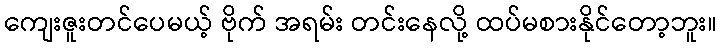
ကျေးဇူးတင်ပေမယ့် ဗိုက် အရမ်း တင်းနေလို့ ထပ်မစားနိုင်တော့ဘူး။